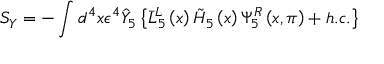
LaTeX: S _ { Y } = - \int d ^ { 4 } x \epsilon ^ { 4 } \hat { Y } _ { 5 } \left\{ \bar { L } _ { 5 } ^ { L } \left( x \right) \tilde { H } _ { 5 } \left( x \right) \Psi _ { 5 } ^ { R } \left( x , \pi \right) + h . c . \right\}